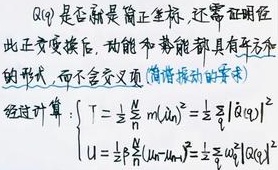
\(\alpha(q)\)是否就是简正坐标，还需证明经此正交变换后，动能和势能都具有平方的形式，而不会交叉项（简谐振动的要求）。经过计算：
\[
\begin{cases}
T = \frac{1}{2}\sum_{n = 1}^{N} m(\dot{\alpha}_{n})^{2}=\frac{1}{2}\sum_{n = 1}^{N}|\dot{\alpha}_{n}(t)|^{2} \\
U=\frac{1}{2}\sum_{i,j = 1}^{N}(U_{ij})\alpha_{i}\alpha_{j}=\frac{1}{2}\sum_{n = 1}^{N}\omega_{n}^{2}|\alpha_{n}(t)|^{2}
\end{cases}
\]